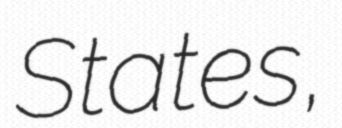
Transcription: States,